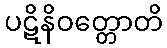
ပဋိနိဝတ္တောတိ